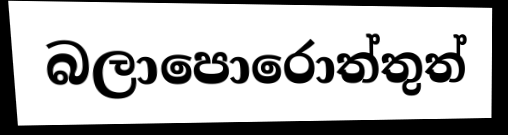
බලාපොරොත්තුත්